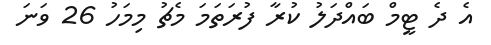
އެ ދެ ޓީމް ބައްދަލު ކުރާ ފުރަތަމަ މެޗު މިމަހު 26 ވަނަ